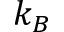
k _ { B }